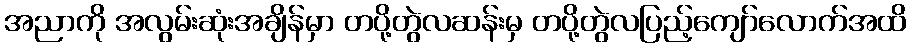
အညာကို အလွမ်းဆုံးအချိန်မှာ တပို့တွဲလဆန်းမှ တပို့တွဲလပြည့်ကျော်လောက်အထိ